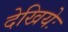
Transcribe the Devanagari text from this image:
देखियेः